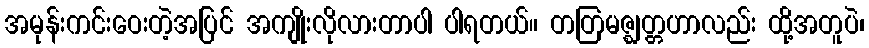
အမုန်းကင်းဝေးတဲ့အပြင် အကျိုးလိုလားတာပါ ပါရတယ်။ တတြမဇ္ဈတ္တဟာလည်း ထို့အတူပဲ၊